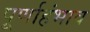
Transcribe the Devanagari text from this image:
पूर्णाहंभाव